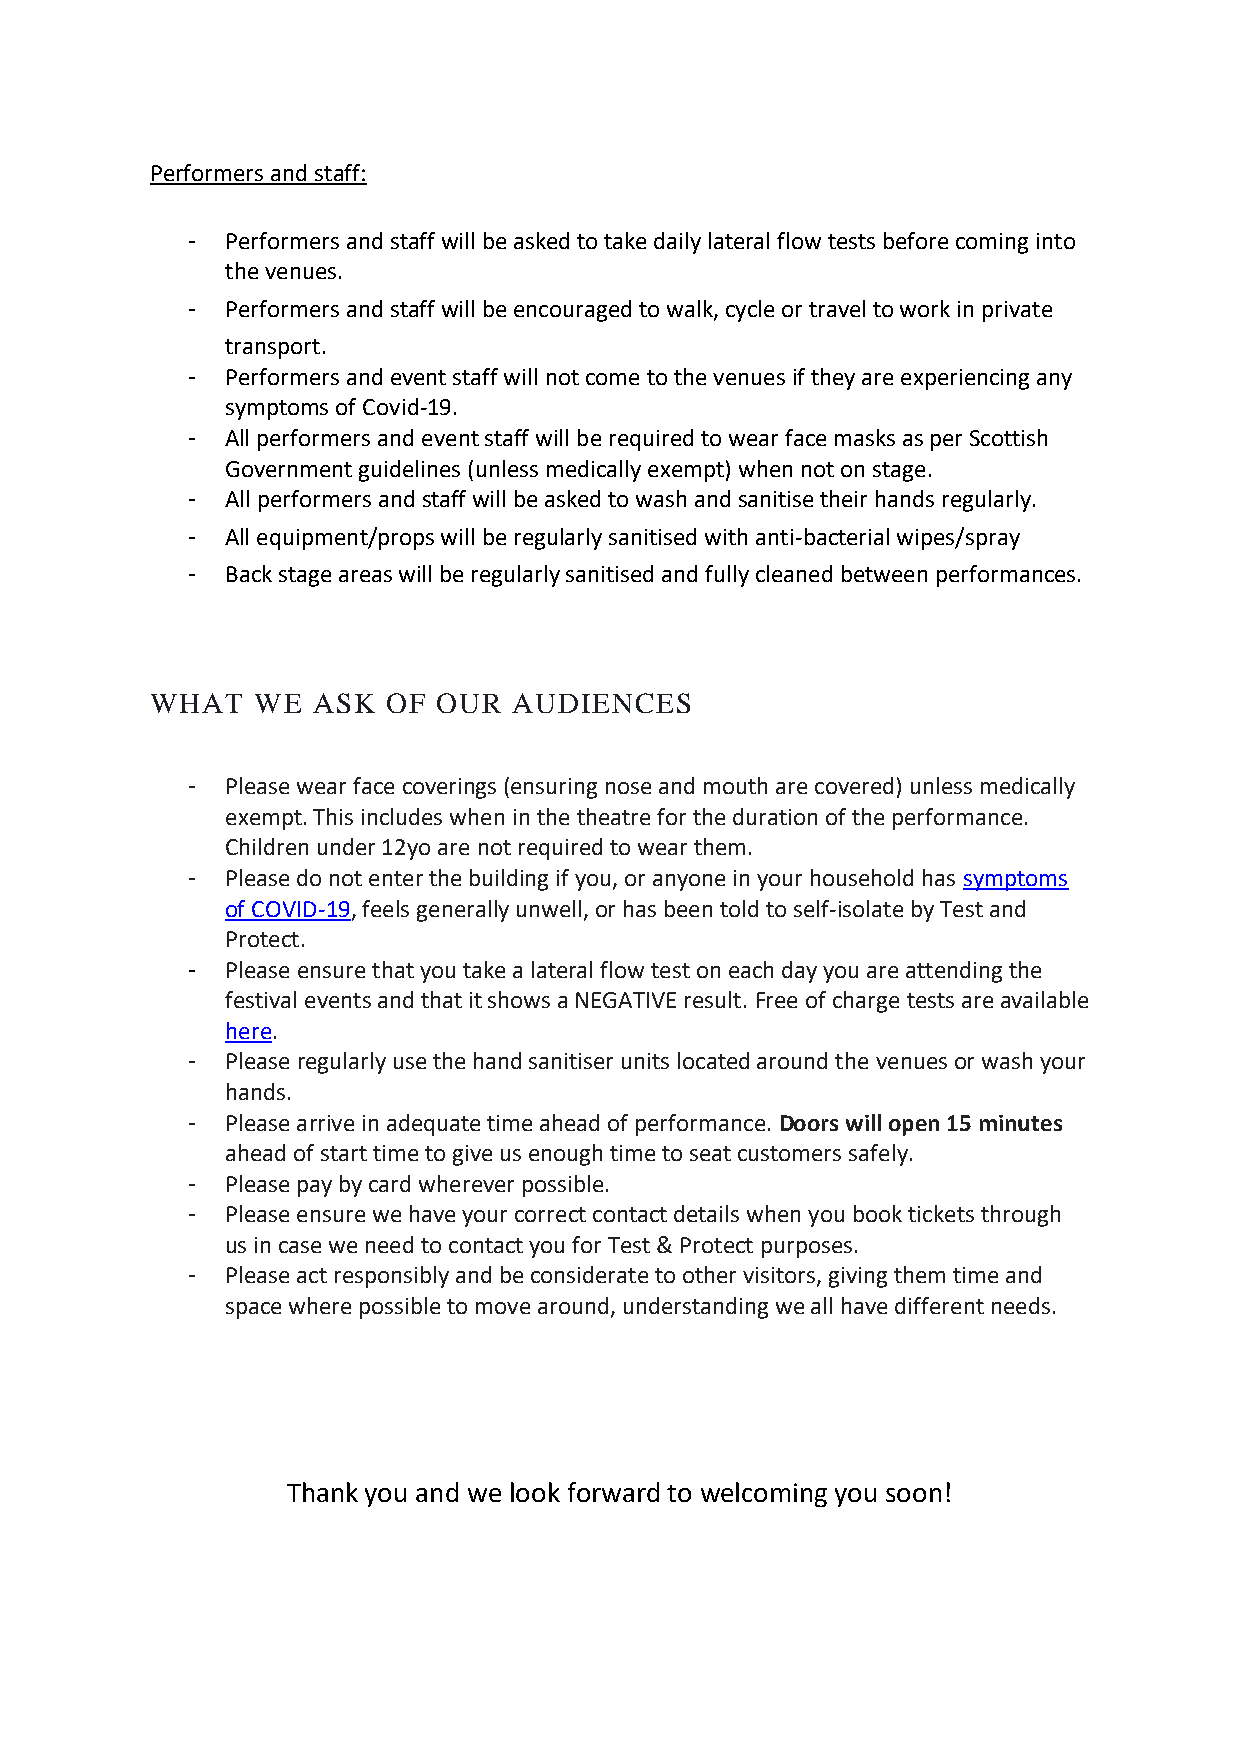
Performers and staff:
 -  Performers and staff will be asked to take daily lateral flow tests before coming into
 the venues.
 -  Performers and staff will be encouraged to walk, cycle or travel to work in private
 transport.
 -  Performers and event staff will not come to the venues if they are experiencing any
 symptoms of Covid-19.
 -  All performers and event staff will be required to wear face masks as per Scottish
 Government guidelines (unless medically exempt) when not on stage.
 -  All performers and staff will be asked to wash and sanitise their hands regularly.
 -  All equipment/props will be regularly sanitised with anti-bacterial wipes/spray
 -  Back stage areas will be regularly sanitised and fully cleaned between performances.
 WHAT   WE  ASK  OF OUR  AUDIENCES
 -  Please wear face coverings (ensuring nose and mouth are covered) unless medically
 exempt. This includes when in the theatre for the duration of the performance.
 Children under 12yo are not required to wear them.
 -  Please do not enter the building if you, or anyone in your household has symptoms
 of COVID-19, feels generally unwell, or has been told to self-isolate by Test and
 Protect.
 -  Please ensure that you take a lateral flow test on each day you are attending the
 festival events and that it shows a NEGATIVE result. Free of charge tests are available
 here.
 -  Please regularly use the hand sanitiser units located around the venues or wash your
 hands.
 -  Please arrive in adequate time ahead of performance. Doors will open 15 minutes
 ahead of start time to give us enough time to seat customers safely.
 -  Please pay by card wherever possible.
 -  Please ensure we have your correct contact details when you book tickets through
 us in case we need to contact you for Test & Protect purposes.
 -  Please act responsibly and be considerate to other visitors, giving them time and
 space where possible to move around, understanding we all have different needs.
 Thank you and we look forward to welcoming you soon!